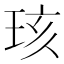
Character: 𪻞